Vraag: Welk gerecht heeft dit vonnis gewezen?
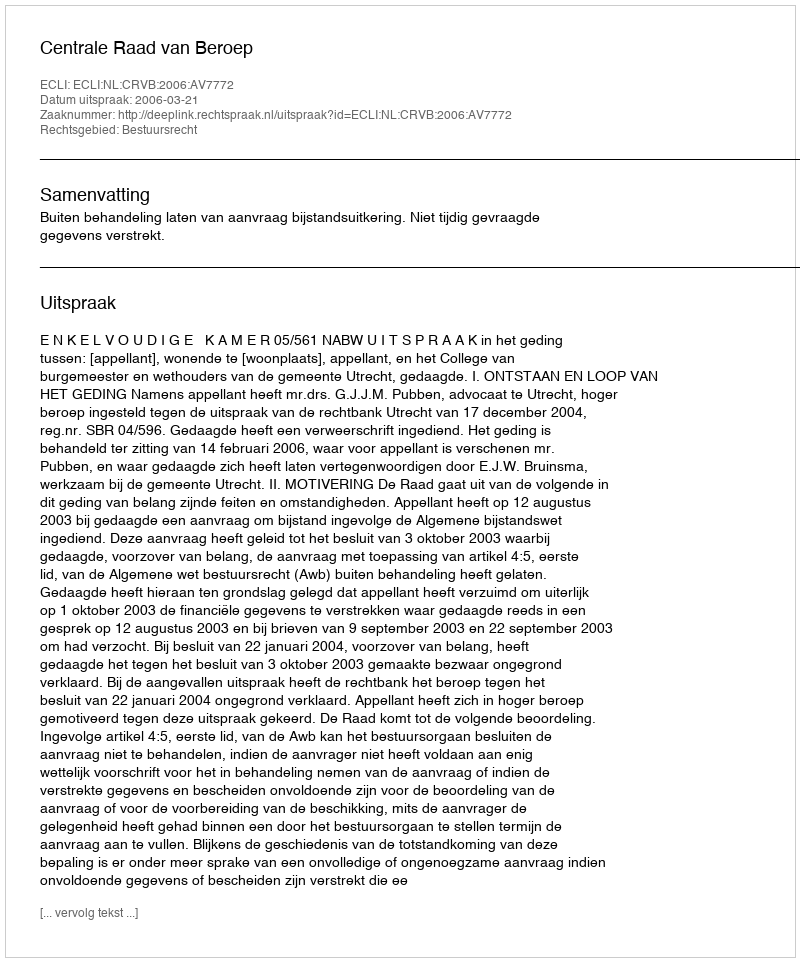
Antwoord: Centrale Raad van Beroep